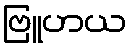
ဗြူဟယ